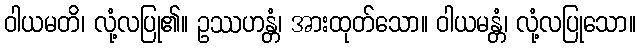
ဝါယမတိ၊ လုံ့လပြု၏။ ဥဿဟန္တံ၊ အားထုတ်သော။ ဝါယမန္တံ၊ လုံ့လပြုသော။